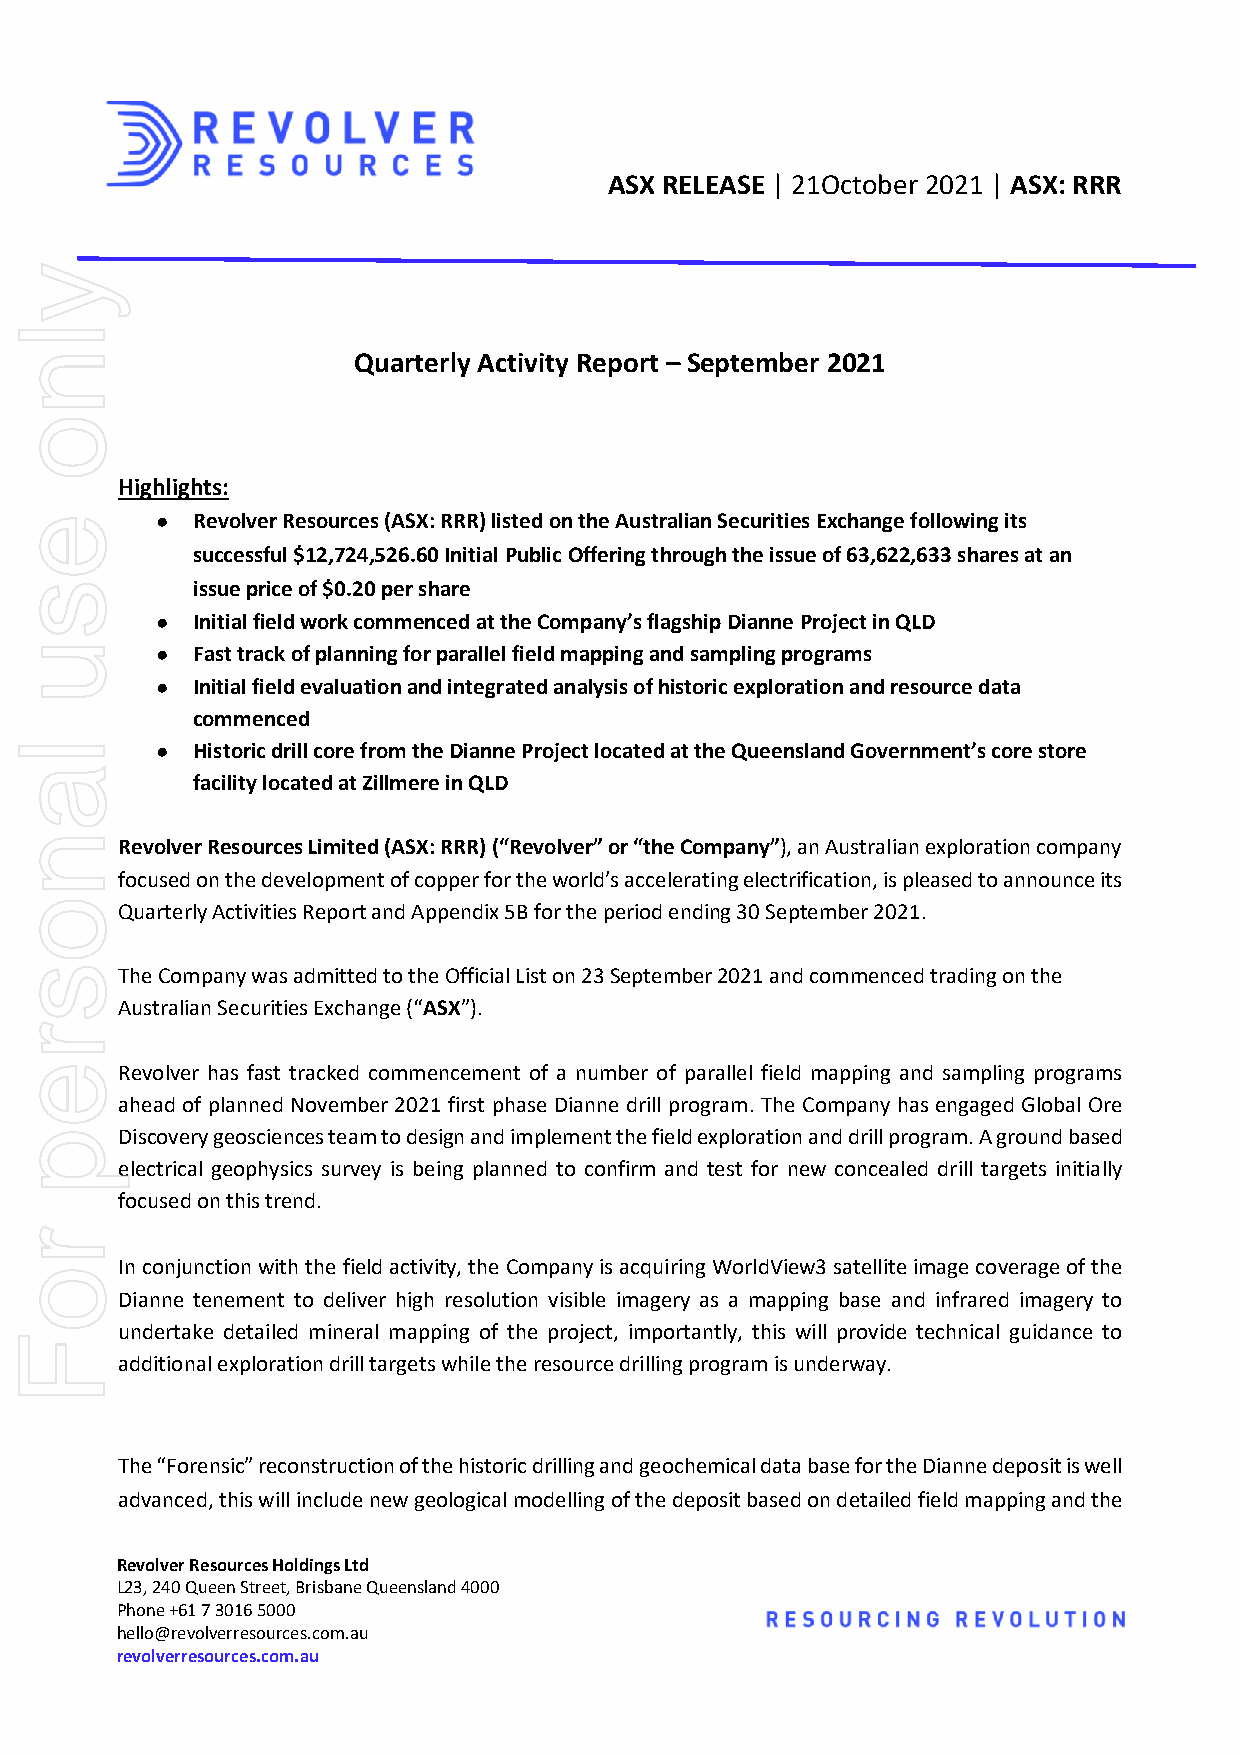
ASX RELEASE | 21October 2021 | ASX: RRR
 Quarterly Activity Report – September 2021
 Highlights:
 ●  Revolver Resources (ASX: RRR) listed on the Australian Securities Exchange following its
 successful $12,724,526.60 Initial Public Offering through the issue of 63,622,633 shares at an
 issue price of $0.20 per share
 ●  Initial field work commenced at the Company’s flagship Dianne Project in QLD
 ●  Fast track of planning for parallel field mapping and sampling programs
 ●  Initial field evaluation and integrated analysis of historic exploration and resource data
 commenced
 ●  Historic drill core from the Dianne Project located at the Queensland Government’s core store
 facility located at Zillmere in QLD
 Revolver Resources Limited (ASX: RRR) (“Revolver” or “the Company”), an Australian exploration company
 focused on the development of copper for the world’s accelerating electrification, is pleased to announce its
 Quarterly Activities Report and Appendix 5B for the period ending 30 September 2021.
 The Company was admitted to the Official List on 23 September 2021 and commenced trading on the
 Australian Securities Exchange (“ASX”).
 Revolver has fast tracked commencement of a number of parallel field mapping and sampling programs
 ahead of planned November 2021 first phase Dianne drill program. The Company has engaged Global Ore
 Discovery geosciences team to design and implement the field exploration and drill program. A ground based
 electrical geophysics survey is being planned to confirm and test for new concealed drill targets initially
 focused on this trend.
 In conjunction with the field activity, the Company is acquiring WorldView3 satellite image coverage of the
 Dianne tenement to deliver high resolution visible imagery as a mapping base and infrared imagery to
 undertake detailed mineral mapping of the project, importantly, this will provide technical guidance to
 additional exploration drill targets while the resource drilling program is underway.
 The “Forensic” reconstruction of the historic drilling and geochemical data base for the Dianne deposit is well
 advanced, this will include new geological modelling of the deposit based on detailed field mapping and the
 Revolver Resources Holdings Ltd
 L23, 240 Queen Street, Brisbane Queensland 4000
 Phone +61 7 3016 5000
 hello@revolverresources.com.au
 revolverresources.com.au | ASX: REV
 ylno
 esu
 lanosrep
 roF